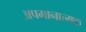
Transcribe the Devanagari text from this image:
अपमानात्मक